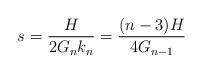
LaTeX: \begin{align*}s=\frac{H}{2G_n k_n}=\frac{(n-3)H}{4G_{n-1}}\end{align*}